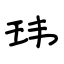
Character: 玮